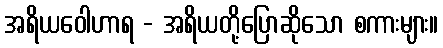
အရိယဝေါဟာရ - အရိယတို့ပြောဆိုသော စကားများ။